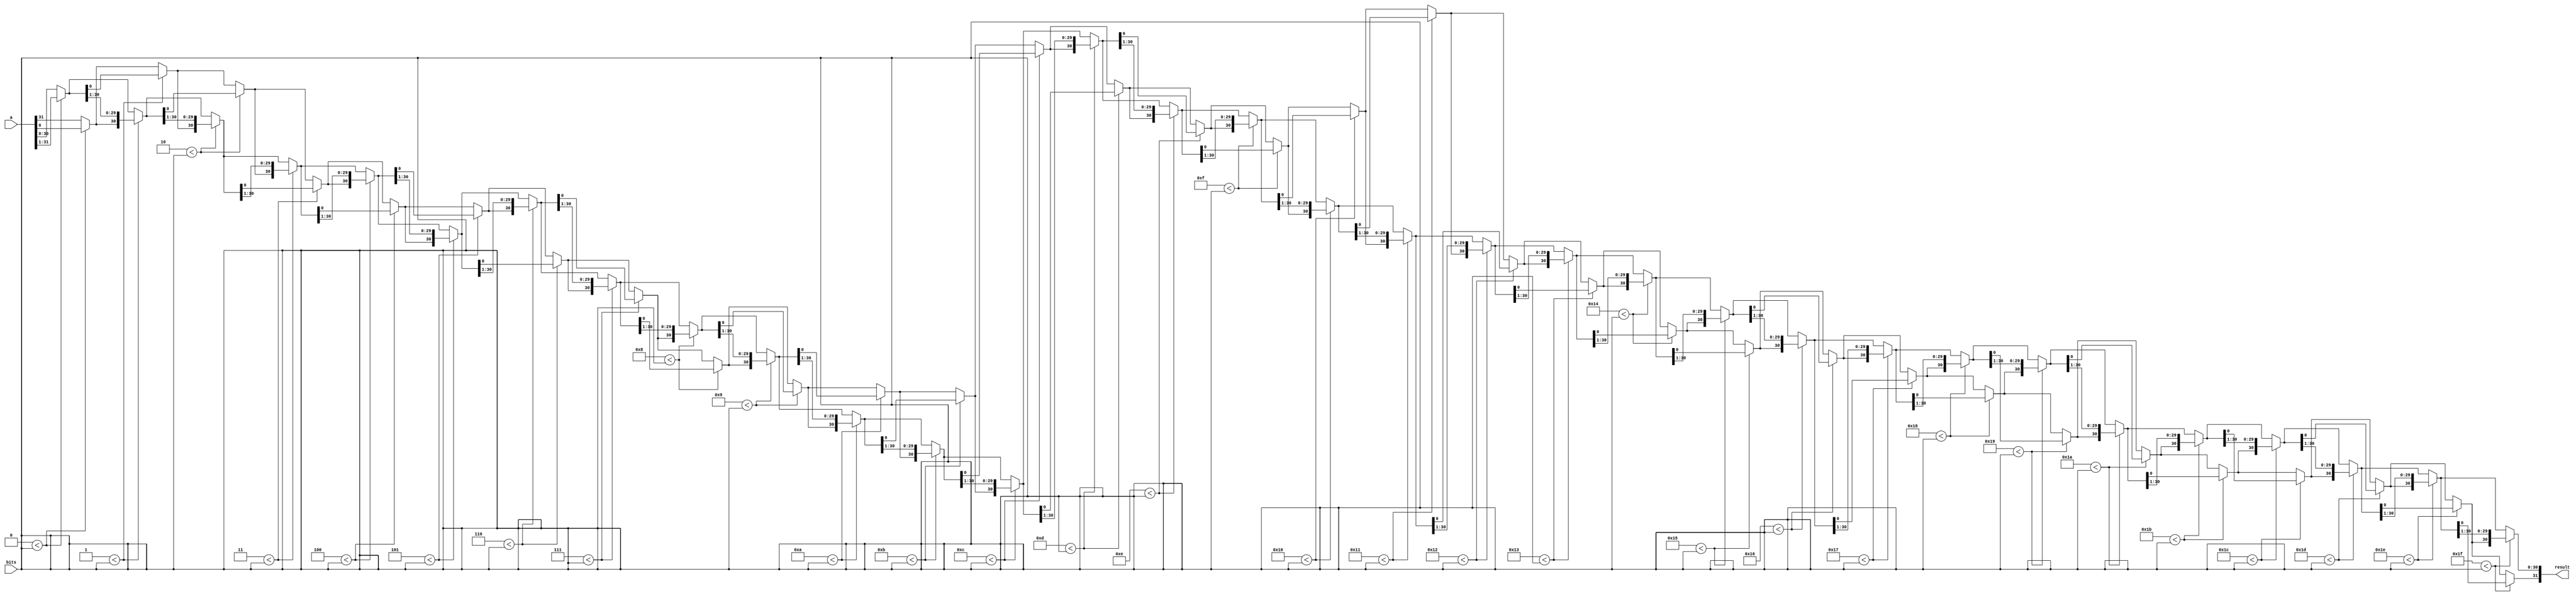
module ror(input wire[31:0] a, bits, output wire[31:0] result);

		reg bit;
		reg[31:0] A;
		integer i;
		
always @* begin
	A = a;

	for(i = 0; i < 32; i = i+1) begin
	
		if (i < bits) begin
			bit = A[0];
			A = A >> 1;
			A[31] = bit;
		end
		
	end

end

	assign result = A;
	
endmodule


module rol(input wire[31:0] a, bits, output wire[31:0] result);

		reg bit;
		reg[31:0] A;
		integer i;
		
always @* begin
	A = a;

	for(i = 0; i < 32; i = i+1) begin
	
		if (i < bits) begin
			bit = A[31];
			A = A << 1;
			A[0] = bit;
		end
		
	end
	
end

	assign result = A;
	
endmodule